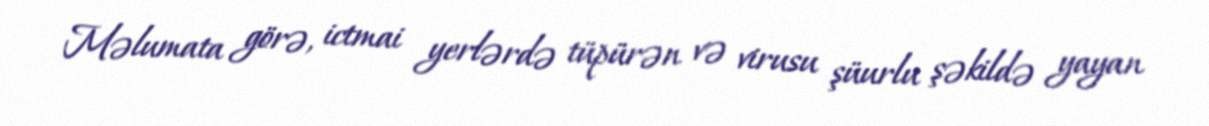
Məlumata görə, ictmai yerlərdə tüpürən və virusu şüurlu şəkildə yayan